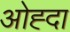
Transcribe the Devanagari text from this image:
ओह्दा